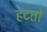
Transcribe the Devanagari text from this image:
हटतो